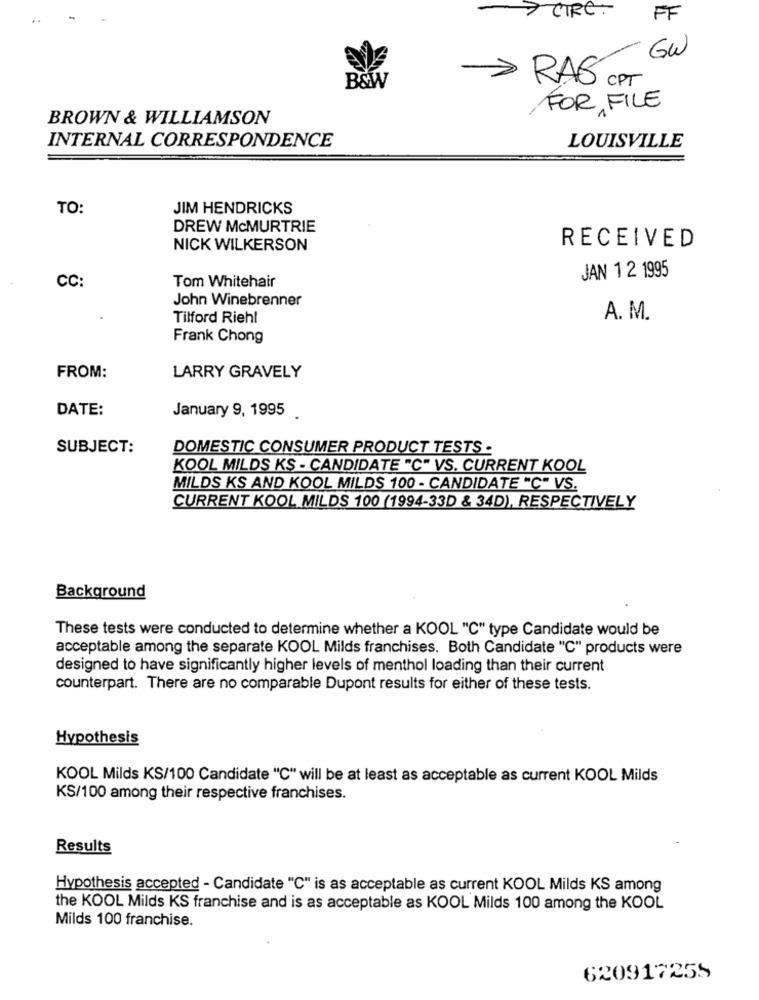
-
..
- aRe :
FF
GW
> RAS CPT
B&W
FOR FILE
BROWN & WILLIAMSON
INTERNAL CORRESPONDENCE
LOUISVILLE
TO:
JIM HENDRICKS
DREW McMURTRIE
RECEIVED
NICK WILKERSON
Tom Whitehair
JAN 1 2 1995
CC:
John Winebrenner
Tilford Riehl
A. M.
Frank Chong
FROM:
LARRY GRAVELY
DATE:
January 9, 1995
SUBJECT:
DOMESTIC CONSUMER PRODUCT TESTS .
KOOL MILDS KS - CANDIDATE "C" VS. CURRENT KOOL
MILDS KS AND KOOL MILDS 100 - CANDIDATE "C" VS.
CURRENT KOOL MILDS 100 (1994-33D & 34D), RESPECTIVELY
Background
These tests were conducted to determine whether a KOOL "C" type Candidate would be
acceptable among the separate KOOL Milds franchises. Both Candidate "C" products were
designed to have significantly higher levels of menthol loading than their current
counterpart. There are no comparable Dupont results for either of these tests.
Hypothesis
KOOL Milds KS/100 Candidate "C" will be at least as acceptable as current KOOL Milds
KS/100 among their respective franchises.
Results
Hypothesis accepted - Candidate "C" is as acceptable as current KOOL Milds KS among
the KOOL Milds KS franchise and is as acceptable as KOOL Milds 100 among the KOOL
Milds 100 franchise.
620917255